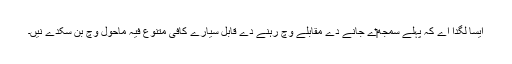
ایسا لگدا اے کہ پہلے سمجھ‏‏ے جانے دے مقابلے وچ رہنے دے قابل سیارے کافی متنوع فیہ ماحول وچ بن سکدے نيں۔